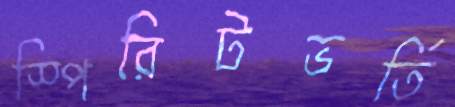
স্পিরিটভর্তি